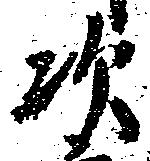
次